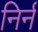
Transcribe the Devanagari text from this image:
निर्न